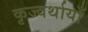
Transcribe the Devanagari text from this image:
कृज्वर्थायाँ